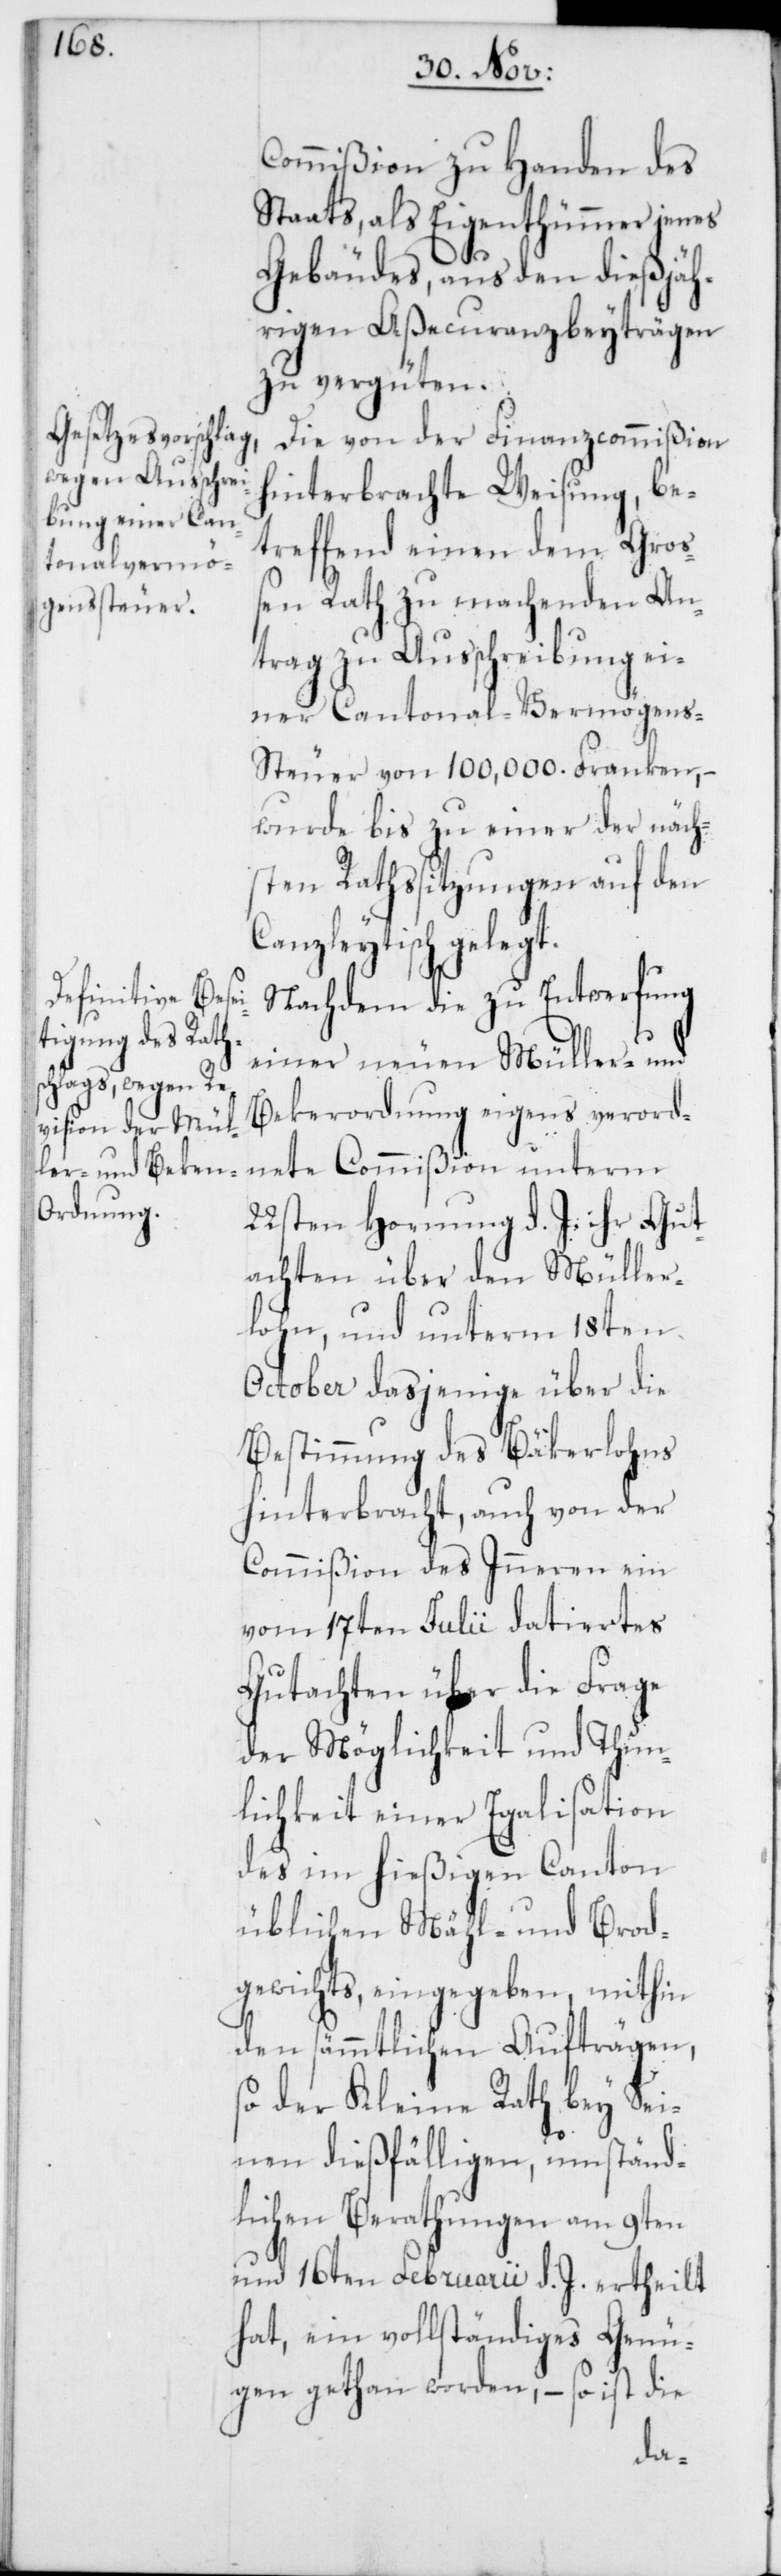
Commißion zu Handen des
Staats, als Eigenthümer jenes
Gebäudes, aus den dießjäh¬
rigen Aßecuranzbeyträgen
zu vergüten.
Die von der Finanzcommißion
hinterbrachte Weisung, be¬
treffend einen dem Groß¬
en Rath zu machenden An¬
trag zu Ausschreibung ei¬
ner Cantonal-Vermögen¬
s-Steuer von 100,000. Franken, –
wurde bis zu einer der näch¬
sten Rathssitzungen auf den
Canzleytisch gelegt.
Nachdem die zu Entwerfung
einer neuen Müller- und
Bekerordnung eigens verord¬
nete Commißion unterm
22sten Hornung d. J. ihr Gut¬
achten über den Müller¬
lohn, und unterm 18ten
October dasjenige über die
Bestimmung des Bäkerlohns
hinterbracht, auch von der
Commißion des Inneren ein
vom 17ten Julii datiertes
Gutachten über die Frage
der Möglichkeit und Thun¬
lichkeit einer Egalisation
des im hießigen Canton
üblichen Mähl- und Brod¬
gewichts, eingegeben, mithin
den sämmtlichen Aufträgen,
so der Kleine Rath bey Sei¬
nen dießfälligen, umständ¬
lichen Berathungen am 9ten
und 16ten Februarii d. J. ertheilt
hat, ein vollständiges Genü¬
gen gethan worden, – so ist die